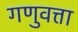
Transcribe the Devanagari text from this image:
गणुवत्ता